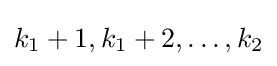
k_{1}+1,k_{1}+2,\ldots ,k_{2}